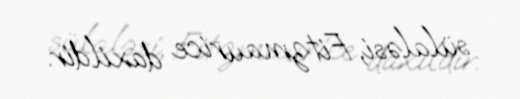
sülaləsi, Fitzmaurice daxildir.